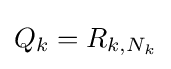
Q_{k}=R_{k,N_{k}}